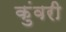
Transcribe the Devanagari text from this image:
कुंवरी